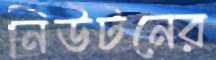
নিউটনের